Bulletin of the Pasteur Institute of Southern India, Coonoor - No. 1.
Year: 1908
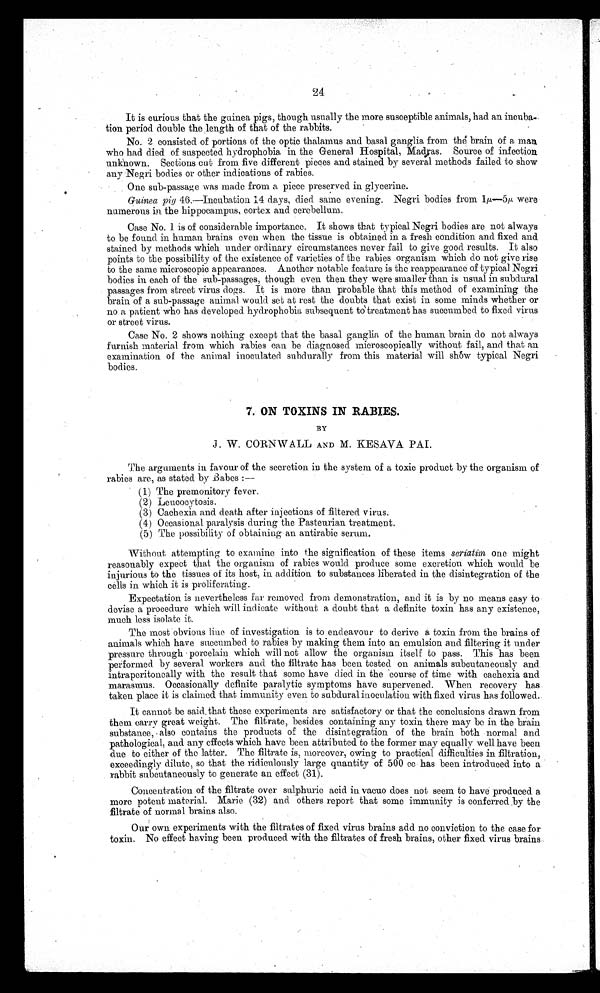
24
It is curious that the guinea pigs, though usually the more susceptible animals, had an incuba–
tion period double the length of that of the rabbits.
No. 2 consisted of portions of the optic thalamus and basal ganglia from the brain of a man
who had died of suspected hydrophobia in the General Hospital, Madras. Source of infection
unknown. Sections cut from five different pieces and stained by several methods failed to show
any Negri bodies or other indications of rabies.
One sub-passage was made from a piece preserved in glycerine.
Guinea pig 46.—Incubation 14 days, died same evening. Negri bodies from 1/µ-5µ, were
numerous in the hippocampus, cortex and cerebellum.
Case No. 1 is of considerable importance. It shows that typical Negri bodies are not always
to be found in human brains even when the tissue is obtained in a fresh condition and fixed and
stained. by methods which under ordinary circumstances never fail to give good results. It also
points to the possibility of the existence of varieties of the rabies organism which do not give rise
to the same microscopic appearances. Another notable feature is the reappearance of typical Negri
bodies in each of the sub-passage, though even then they were smaller than is usual in
s u b d u r a l p a s s a g e s f r o m s t r e e t v i r u s d o g s . I t i s m o r e t h a n p r o b a b l e t h a t t h i s m e t h o d . o f e x a m i n i n g t h e
brain of a sub-passage animal would set at rest the doubts that exist in some minds whether or
no a patient who has developed hydrophobia subsequent to treatment has succumbed to fixed virus
or street virus.
Case No. 2 shows nothing except that the basal ganglia of the human brain do not always
furnish material from which rabies can be diagnosed microscopically without fail, and that an
examination of the animal inoculated subdurally from this material will show typical Negri
bodies.
7. ON TOXINS IN RABIES.
BY
J. W. CORNWALL AND M. KESAVA PAL
The arguments in favour of the secretion in the system of a toxic product by the organism of
rabies are, as stated by Babes :-
(1) The premonitory fever.
(2) Leucocytosis.
(3) Cachexia, and death after injections of filtered virus.
(4) Occasional paralysis during the Pasteurian treatment.
(5) The possibility of obtaining an antirabic serum.
Without attempting to examine into the signification of these items seriatim one might
reasonably expect that the organism of rabies would. produce some excretion which would be
injurious to the tissues of its host, in addition to substances liberated in the disintegration of the
cells in which it is proliferating.
Expectation is nevertheless far removed from demonstration, and it is by no means easy to
devise a procedure which will indicate without a doubt that a definite toxin has any existence,
much less isolate it.
The most obvious lino of investigation is to endeavour to derive a toxin from the brains of
animals which have succumbed to rabies by making them into an emulsion and filtering it under
pressure through porcelain which will not allow the organism itself to pass. This has been
performed. by several. workers and the filtrate has been tested on animals subcutaneously and.
intraperitoneally with the result that some have died. in the course of time with cachexia and
marasmus. Occasionally definite paralytic symptoms have supervened. When recovery has
taken place it is claimed that immunity even to subdural inoculation with fixed virus has followed.
It cannot be said. that these experiments are satisfactory or that the conclusions drawn from
them carry great weight. The filtrate, besides containing any toxin there may be in the brain
substance, also contains the products of the disintegration of the brain both normal and
pathological, and any effects which have been attributed to the former may equally well have been
due to either of the latter. The filtrate is, moreover, owing to practical difficulties in filtration,
exceedingly dilute, so that the ridiculously large quantity of 500 cc has been introduced into a
rabbit subcutaneously to generate an effect (31).
Concentration of the filtrate over sulphuric acid iu vacuo does not seem to have produced a
more potent material. Marie (32) and others report that some immunity is conferred by the
filtrate of normal brains also.
Our own experiments with the filtrates of fixed virus brains add no conviction to the case for
toxin. No effect having been produced with the filtrates of fresh brains, other fixed virus brains